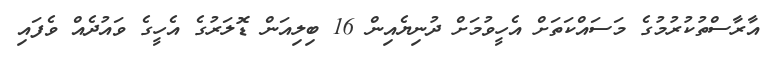
އާރާސްތުކުރުމުގެ މަސައްކަތަށް އެހީވުމަށް ދުނިޔެއިން 16 ބިލިއަން ޑޮލަރުގެ އެހީގެ ވައުދެއް ވެފައި